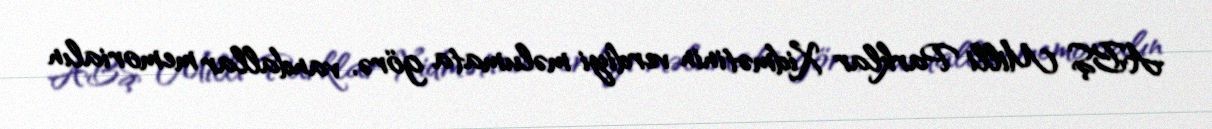
ABŞ Milli Parklar Xidmətinin verdiyi məlumata görə, vandallar memorialın